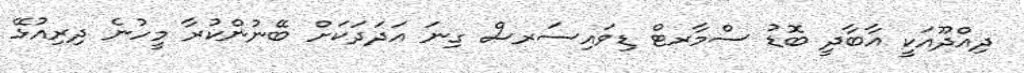
ދިއްދޫއަކީ އާބާދީ ބޮޑު ސްމާރޓް ޑިވައިސަރސް ގިނަ އަދަދަކަށް ބޭނުންކުރާ މީހުނެ ދިރިއުޅޭ